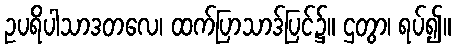
ဥပရိပါသာဒတလေ၊ ထက်ပြာသာဒ်ပြင်၌။ ဌတွာ၊ ရပ်၍။